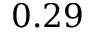
0 . 2 9